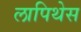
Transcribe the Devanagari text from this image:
लापिथेस